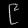
Digit: ၉